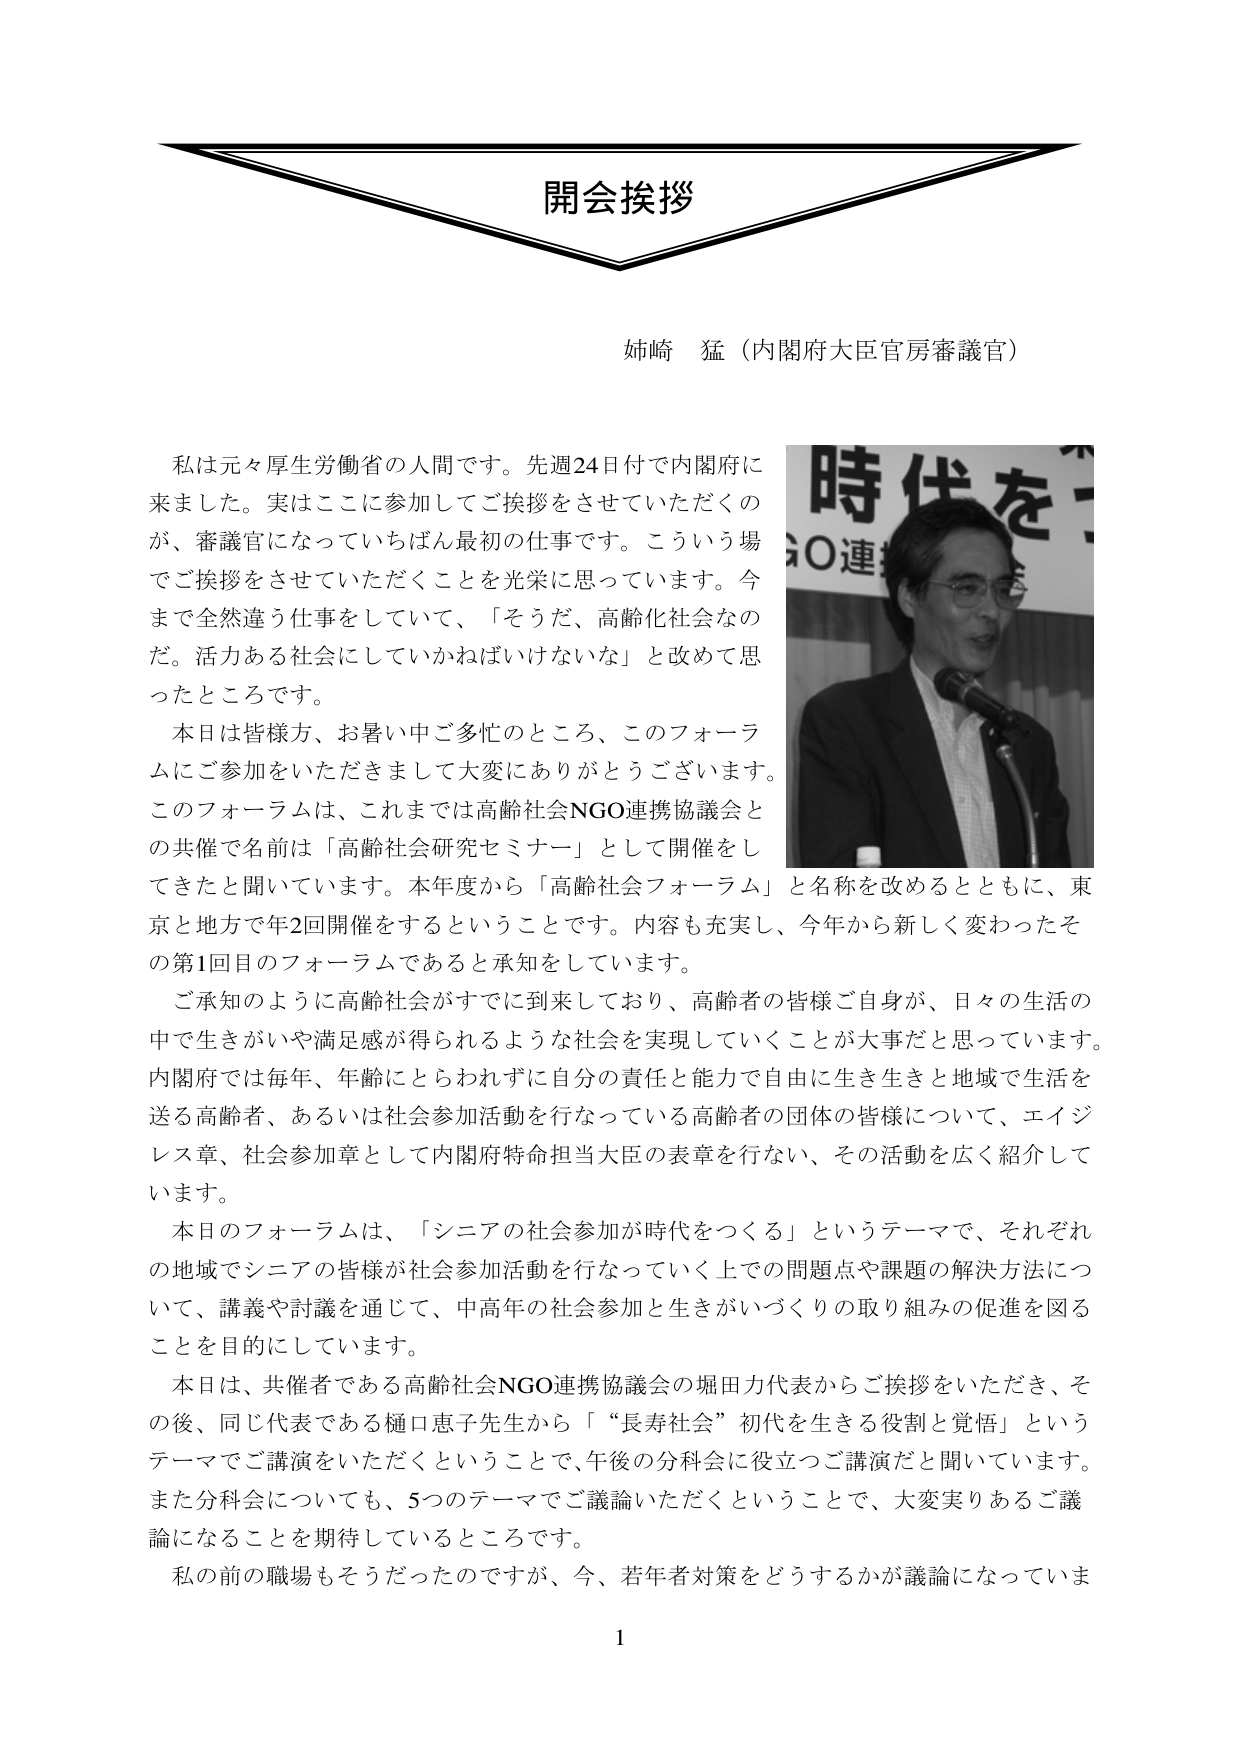
開会挨拶

姉崎 猛（内閣府大臣官房審議官）

私は元々厚生労働省の人間です。先週24日付で内閣府に来ました。実はここに参加してご挨拶をさせていただくのが、審議官になっていちばん最初の仕事です。こういう場でご挨拶をさせていただくことを光栄に思っています。今まで全然違う仕事をしていて、「そうだ、高齢化社会なのだ。活力ある社会にしていかねばいけないな」と改めて思ったところです。

本日は皆様方、お暑い中ご多忙のところ、このフォーラムにご参加をいただきまして大変にありがとうございます。このフォーラムは、これまでは高齢社会NGO連携協議会との共催で名前は「高齢社会研究セミナー」として開催をしてきたと聞いています。本年度から「高齢社会フォーラム」と名称を改めるとともに、東京と地方で年2回開催をするということです。内容も充実し、今年から新しく変わったその第1回目のフォーラムであると承知をしています。

ご承知のように高齢社会がすでに到来しており、高齢者の皆様ご自身が、日々の生活の中で生きがいや満足感が得られるような社会を実現していくことが大事だと思っています。内閣府では毎年、年齢にとらわれずに自分の責任と能力で自由に生き生きと地域で生活を送る高齢者、あるいは社会参加活動を行なっている高齢者の団体の皆様について、エイジレス章、社会参加章として内閣府特命担当大臣の表章を行ない、その活動を広く紹介しています。

本日のフォーラムは、「シニアの社会参加が時代をつくる」というテーマで、それぞれの地域でシニアの皆様が社会参加活動を行なっていく上での問題点や課題の解決方法について、講義や討論を通じて、中高年の社会参加と生きがいづくりの取り組みの促進を図ることを目的にしています。

本日は、共催者である高齢社会NGO連携協議会の堀田力代表からご挨拶をいただき、その後、同じ代表である樋口恵子先生から「長寿社会”初代を生きる役割と覚悟」というテーマでご講演をいただくということで、午後の分科会に役立つご講演だと聞いています。また分科会についても、5つのテーマでご議論いただくということで、大変実りあるご議論になることを期待しているところです。

私の前の職場もそうだったのですが、今、若年者対策をどうするかが議論になっていま

1

時代を
GO連